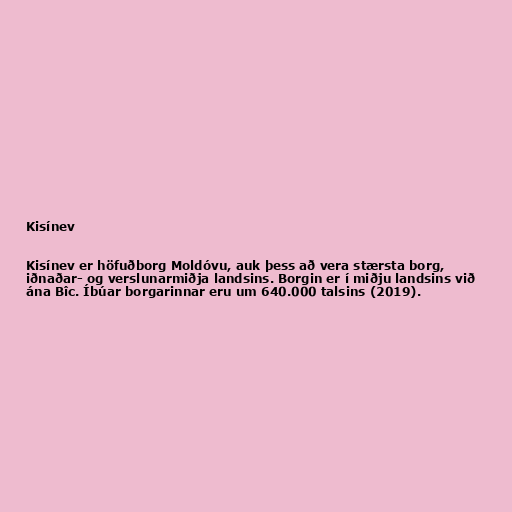
Kisínev

Kisínev er höfuðborg Moldóvu, auk þess að vera stærsta borg,
iðnaðar- og verslunarmiðja landsins. Borgin er í miðju landsins við
ána Bîc. Íbúar borgarinnar eru um 640.000 talsins (2019).